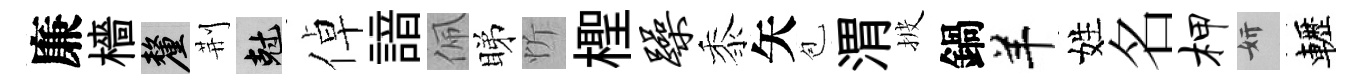
廉檣厘荆剋倬諳佩睇忻檉躁黍矢苞渭披鍋羊姓名柙妍轣